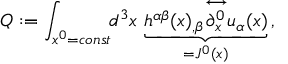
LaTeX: Q : = \int _ { x ^ { 0 } = c o n s t } \! \! d ^ { 3 } x \, \underbrace { h ^ { \alpha \beta } ( x ) _ { , \beta } { \stackrel { \longleftrightarrow } { \partial _ { x } ^ { 0 } } } u _ { \alpha } ( x ) } _ { = J ^ { 0 } ( x ) } \, ,